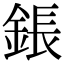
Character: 鋹